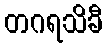
တဂရသိခီ